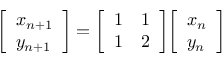
{ \left[ \begin{array} { l } { x _ { n + 1 } } \\ { y _ { n + 1 } } \end{array} \right] } = { \left[ \begin{array} { l l } { 1 } & { 1 } \\ { 1 } & { 2 } \end{array} \right] } { \left[ \begin{array} { l } { x _ { n } } \\ { y _ { n } } \end{array} \right] }